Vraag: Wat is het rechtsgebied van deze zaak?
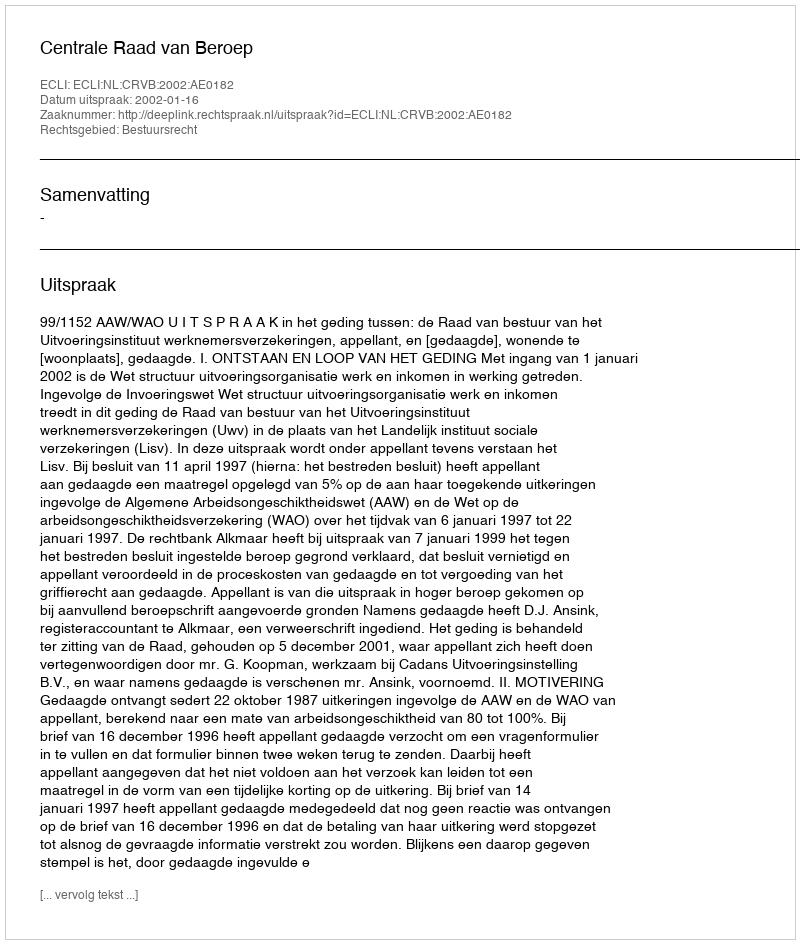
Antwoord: Bestuursrecht